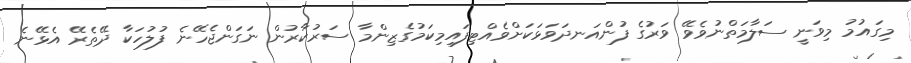
މިގައުމު މިވަނީ ސަލާމަތްނުވެވޭ ވަރުގެެ ފުންއަނދަވަޅަކަށްވެއްޓިފައިމިކަމުގެޒިންމާ ސަރުކާރުން ނަގަންޖެހޭނެ ފުލުހަކާ ދޭތެރޭ އެޅޭނެ